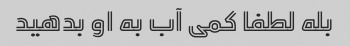
بله لطفا کمی آب به او بدهید